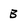
Character: B